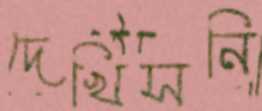
দেখিসনি